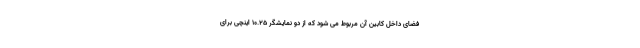
فضای داخل کابین آن مربوط می شود که از دو نمایشگر 10.25 اینچی برای